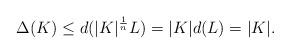
LaTeX: \begin{align*}\Delta (K) \le d(|K|^{\frac{1}{n}}L) = |K| d(L) = |K|.\end{align*}